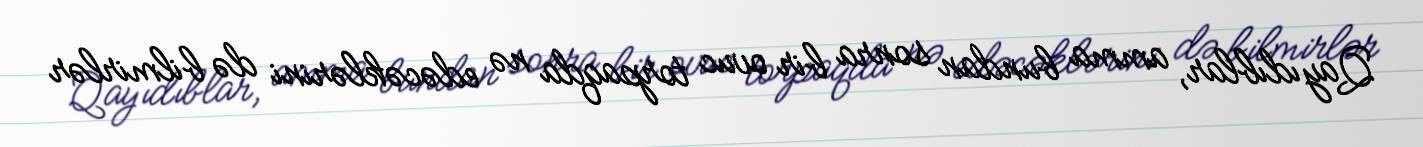
Qayıdıblar, amma bundan sonra bir ovuc torpaqda nə edəcəklərini də bilmirlər